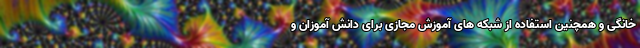
خانگی و همچنین استفاده از شبکه های آموزش مجازی برای دانش آموزان و